Indian journal of veterinary science and animal husbandry - Volume 6,
Year: 1936
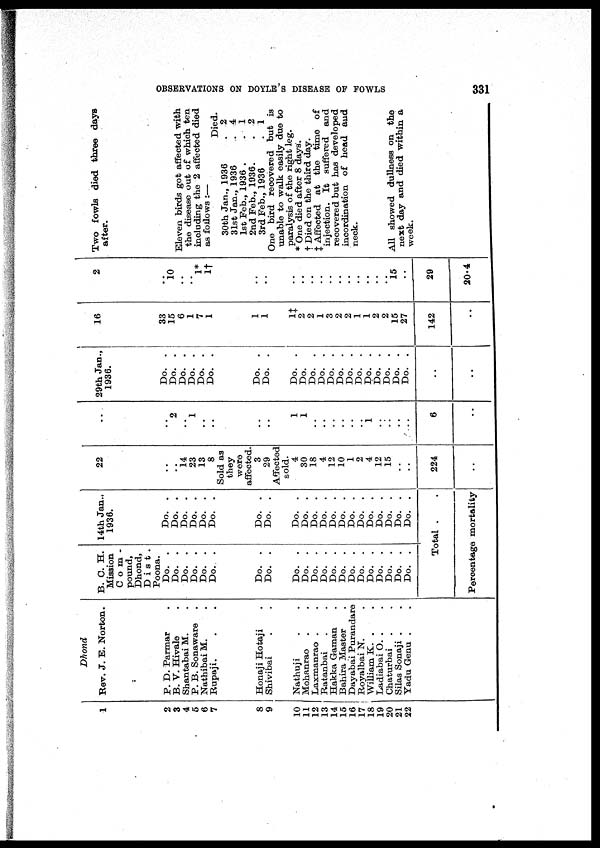
OBSERVATIONS ON DOYLE'S DISEASE OF FOWLS
331
1
2
3
4
5
6
7
8
9
10
11
12
13
14
15
16
17
18
19
20
21
22
Dhond
Rev. J. E. Norton.
P. D. Parmar .
B. V. Hivale .
Shantabai M. .
P. B. Sonaware .
Nathibai M. .
Rupaji. . .
Honaji Hotaji .
Shivibai . .
Nathuji . .
Mohanrao . .
Laxmanrao . .
Ratanbai . .
Hakka Gaman .
Bahira Master .
Dayabai Purandare
Royalbai N. .
William K. . .
Ladiabai O. . .
Chaturbai . .
Silas Sonaji . .
Yadu Genu . .
B. C. H.
Mission
Com
pound,
Dhond,
D i s t
Poona.
Do. .
Do. .
Do. .
Do. .
Do. .
Do. .
Do. .
Do. .
Do. .
Do. .
Do. .
Do. .
Do. .
Do. .
Do. .
Do. .
Do. .
Do. .
Do. .
Do. .
Do. .
14th Jan.,
1936.
Do. .
Do. .
Do. .
Do. .
Do. .
Do. .
Do. .
Do. .
Do. .
Do. .
Do. .
Do. .
Do. .
Do. .
Do. .
Do. .
Do. .
Do. .
Do. .
Do. .
Do. .
Total . .
Percentage mortality
22
..
14
23
13
8
Sold as
they
affected.
3
29
Affected
sold.
4
30
18
4
12
10
1
2
4
12
15
. .
. .
224
. .
. .
. .
2
. .
l
. .
. .
. .
. .
1
1
. .
. .
. .
. .
. .
. .
1
. .
. .
. .
. .
6
. .
29th Jan.,
1936.
Do. .
Do. .
Do. .
Do. .
Do. .
Do. .
Do. .
Do. .
Do. .
Do.
Do. .
Do. .
Do. .
Do. .
Do. .
Do. .
Do. .
Do. .
Do. .
Do. .
Do. .
. .
. .
16
33
15
6
1
7
1
1
1
1‡
2
2
1
3
2
2
1
1
2
2
15 27
142
. .
2
. .
10
. .
. .
1*
1‡
. .
. .
. .
. .
. .
. .
. .
. .
. .
. .
. .
. .
. .
15
. .
29
20.4
Two fowls died three days
after.
Eleven birds got affected with
the disease out of which ten
including the 2 affected died
as follows :—
Died.
30th Jan., 1936
. 2
31st Jan., 1936
. 4
1st Feb., 1936 .
. 1
2nd Feb., 1936.
. 2
3rd Feb., 1936
. 1
One bird recovered but is
unable to walk easily due to
paralysis of the right leg.
* One died after 8 days.
† Died on the third day.
‡ Affected at the time of
injection. It suffered and
recovered but has developed
incordination of head and
neck.
All showed dullness on the
next day and died within a
week.